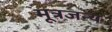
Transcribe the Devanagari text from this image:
मूत्रजन्य